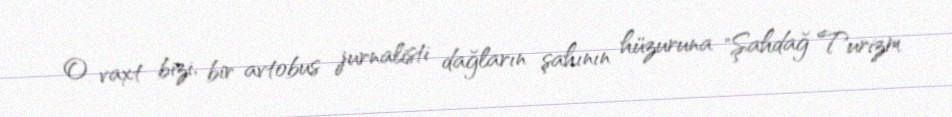
O vaxt bizi, bir avtobus jurnalisti dağların şahının hüzuruna "Şahdağ Turizm